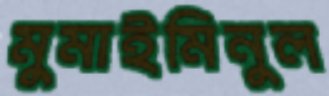
মুমাইমিনুল